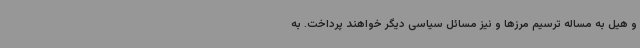
و هیل به مساله ترسیم مرزها و نیز مسائل سیاسی دیگر خواهند پرداخت. به